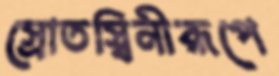
স্রোতস্বিনীরূপে